Annual report of the Civil Veterinary Department, Bengal, and of the Bengal Veterinary College for the year 1905-1906 - 1905-1906
Year: 1905
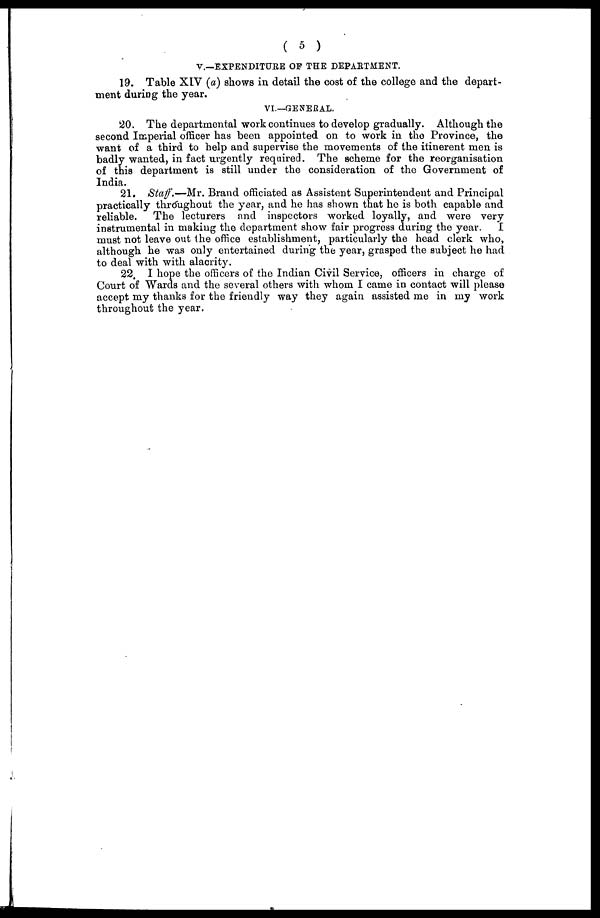
(5)
V.—EXPENDITURE OF THE DEPARTMENT.
19. Table XIV (a) shows in detail the cost of the college and the depart-
ment during the year.
VI.—GENERAL.
20. The departmental work continues to develop gradually. Although the
second Imperial officer has been appointed on to work in the Province, the
want of a third to help and supervise the movements of the itinerent men is
badly wanted, in fact urgently required. The scheme for the reorganisation
of this department is still under the consideration of the Government of
India.
21. Staff.—Mr. Brand officiated as Assistent Superintendent and Principal
practically throughout the year, and he has shown that he is both capable and
reliable. The lecturers and inspectors worked loyally, and were very
instrumental in making the department show fair progress during the year.
I
must not leave out the office establishment, particularly the head clerk who,
although he was only entertained during the year, grasped the subject he had
to deal with with alacrity.
22. I hope the officers of the Indian Civil Service, officers in charge of
Court of Wards and the several others with whom I came in contact will please
accept my thanks for the friendly way they again assisted me in my work
throughout the year.